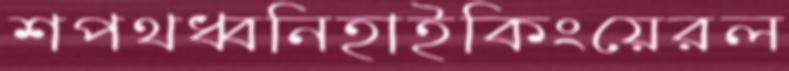
শপথধ্বনিহাইকিংয়েরল